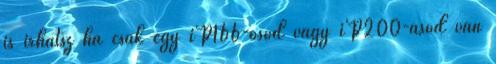
is irhatsz ha csak egy iP166-osod vagy iP200-asod van